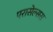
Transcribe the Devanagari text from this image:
परासेल्सस